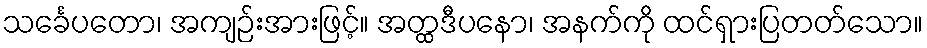
သင်္ခေပတော၊ အကျဉ်းအားဖြင့်။ အတ္ထဒီပနော၊ အနက်ကို ထင်ရှားပြတတ်သော။